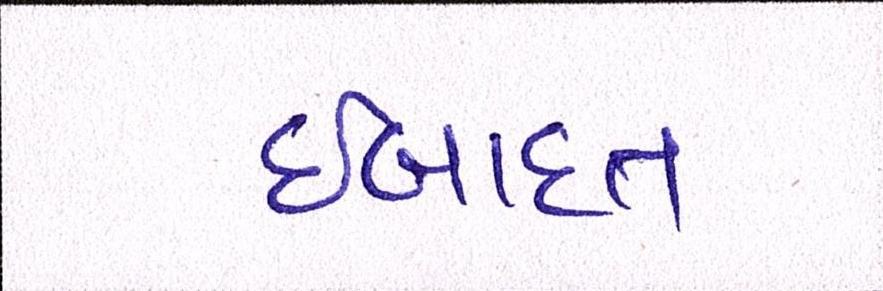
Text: ઈબાદત